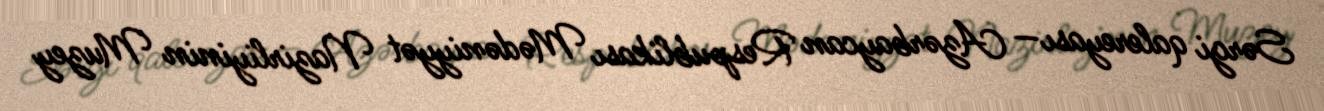
Sərgi qalereyası— Azərbaycan Respublikası Mədəniyyət Nazirliyinin Muzey